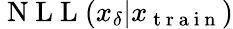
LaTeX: \mathrm{~N~L~L~}(x_{\delta}|x_{\mathrm{~t~r~a~i~n~}})